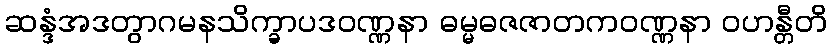
ဆန္ဒံအဒတွာဂမနသိက္ခာပဒဝဏ္ဏနာ ဓမ္မဓဇဇာတကဝဏ္ဏနာ ဝဟန္တီတိ